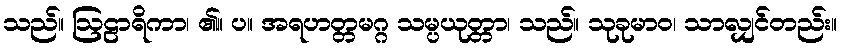
သည်။ ဩဠာရိကာ၊ ၏။ ပ။ အရဟတ္တမဂ္ဂ သမ္ပယုတ္တာ၊ သည်။ သုခုမာဝ၊ သာလျှင်တည်း။